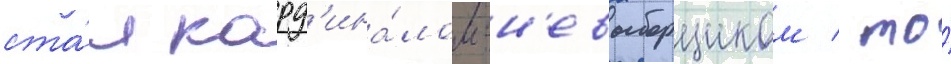
ста́л кард'ина́лом-н'евыборщиком / то́